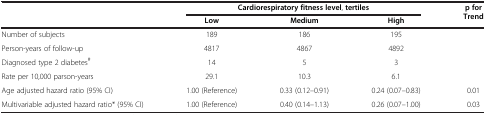
<table><thead><tr><td><b> </b></td><td colspan="3"><b>Cardiorespiratory fitness level, tertiles</b></td><td><b>p for Trend</b></td></tr><tr><td><b> </b></td><td><b>Low</b></td><td><b>Medium</b></td><td><b>High</b></td><td><b> </b></td></tr></thead><tbody><tr><td>Number of subjects</td><td>189</td><td>186</td><td>195</td><td> </td></tr><tr><td>Person-years of follow-up</td><td>4817</td><td>4867</td><td>4892</td><td> </td></tr><tr><td>Diagnosed type 2 diabetes<sup>#</sup></td><td>14</td><td>5</td><td>3</td><td> </td></tr><tr><td>Rate per 10,000 parson-years</td><td>29.1</td><td>10.3</td><td>6.1</td><td> </td></tr><tr><td>Age adjusted hazard ratio (95% CI)</td><td>1.00 (Reference)</td><td>0.33 (0.12–0.91)</td><td>0.24 (0.07–0.83)</td><td>0.01</td></tr><tr><td>Multivariable adjusted hazard ratio* (95% CI)</td><td>1.00 (Reference)</td><td>0.40 (0.14–1.13)</td><td>0.26 (0.07–1.00)</td><td>0.03</td></tr></tbody></table>